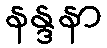
နန္ဒနာ